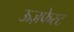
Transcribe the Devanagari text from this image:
ऊज़फेस्ट